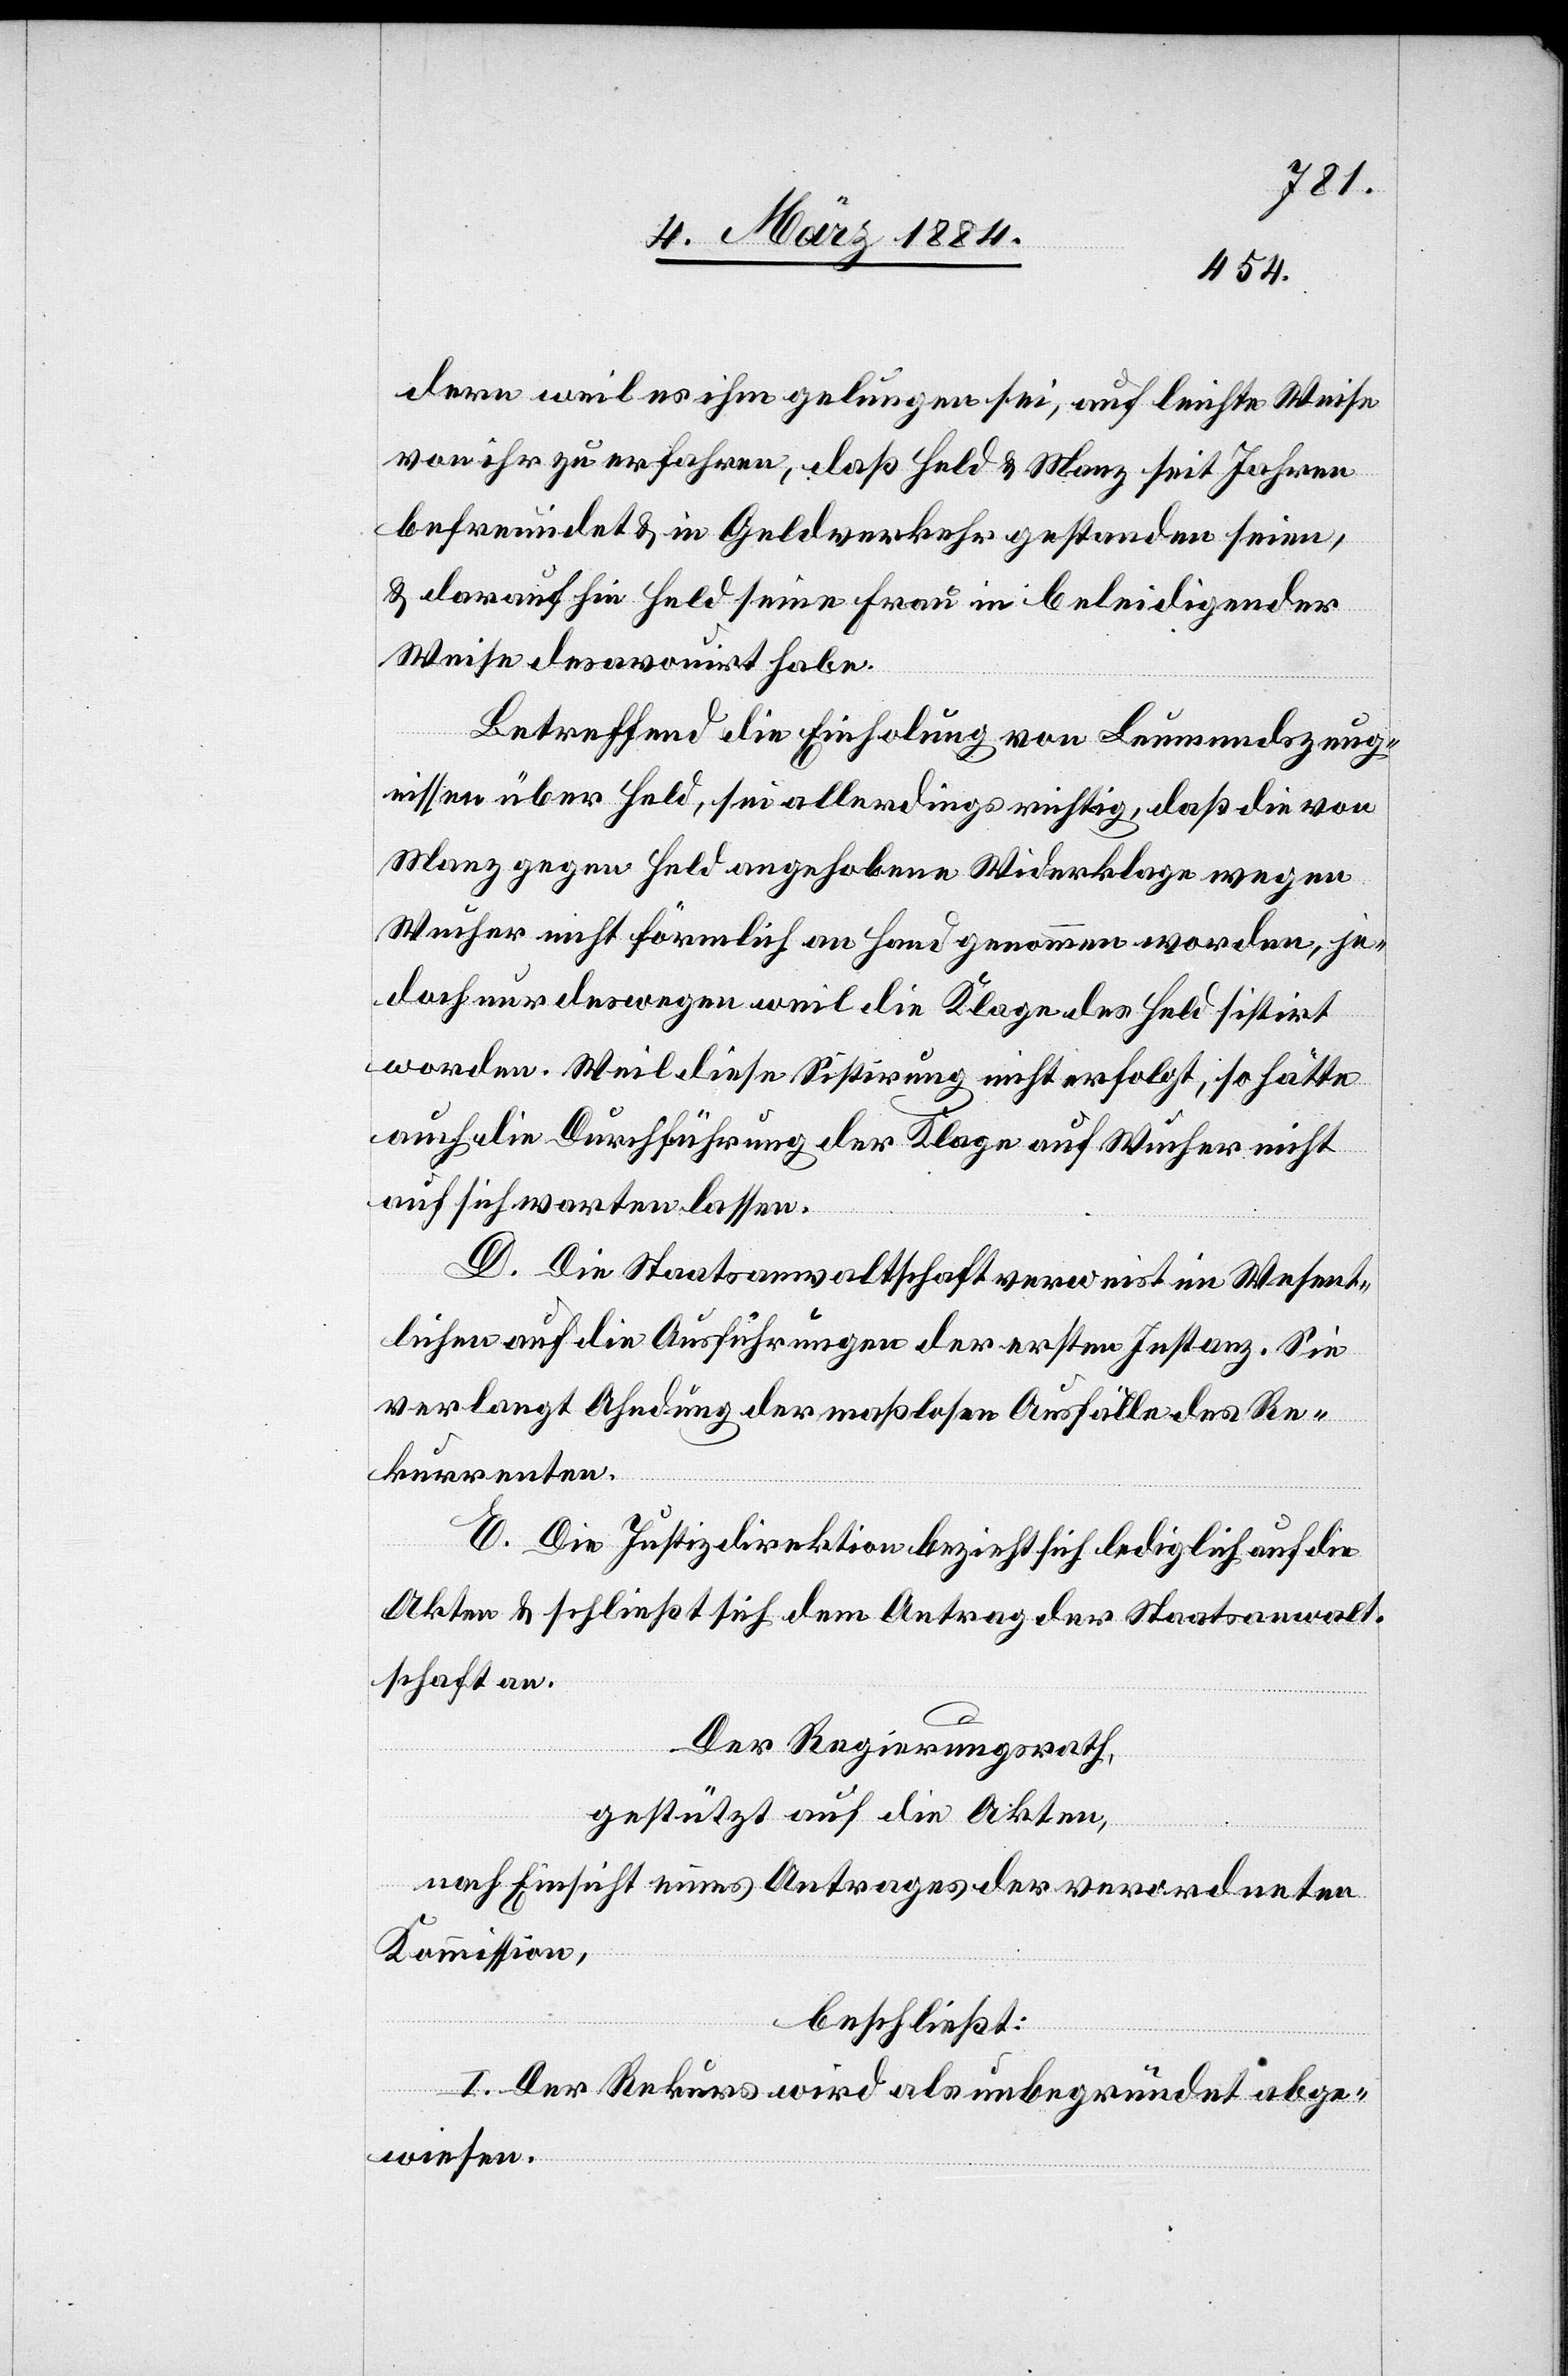
dern weil es ihm gelungen sei, auf leichte Weise
von ihr zu erfahren, daß Held & Manz seit Jahren
befreundet & im Geldverkehr gestanden seien,
& darauf hin Held seine Frau in beleidigender
Weise desavouiert habe.
Betreffend die Einholung von Leumundszeug¬
nissen über Held, sei allerdings richtig, daß die von
Manz gegen Held angehobene Widerklage wegen
Wucher nicht förmlich an Hand genommen worden, je¬
doch nur deswegen weil die Klage des Held sistirt
worden. Weil diese Sistirung nicht erfolgt, so hätte
auch die Durchführung der Klage auf Wucher nicht
auf sich warten lassen.
D. Die Staatsanwaltschaft verweist im Wesent¬
lichen auf die Ausführungen der ersten Instanz. Sie
verlangt Ahndung der maßlosen Ausfälle des Re¬
kurrenten.
E. Die Justizdirektion bezieht sich lediglich auf die
Akten & schließt sich dem Antrag der Staatsanwalt¬
schaft an.
Der Regierungsrath,
gestützt auf die Akten,
nach Einsicht eines Antrages der verordneten
Kommission.
beschließt:
I. Der Rekurs wird als unbegründet abge¬
wiesen.